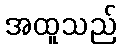
အထူသည်